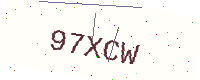
Text: 97XCW